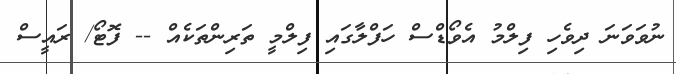
ނުވަވަނަ ދިވެހި ފިލްމު އެވޯޑްސް ހަފްލާގައި ފިލްމީ ތަރިންތަކެއް -- ފޮޓޯ/ ރައީސް